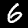
Digit: 6